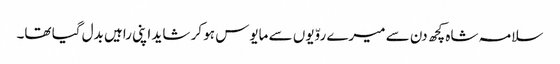
سلامہ شاہ کچھ دن سے میرے روّیوں سے مایوس ہو کر شاید اپنی راہیں بدل گیا تھا۔